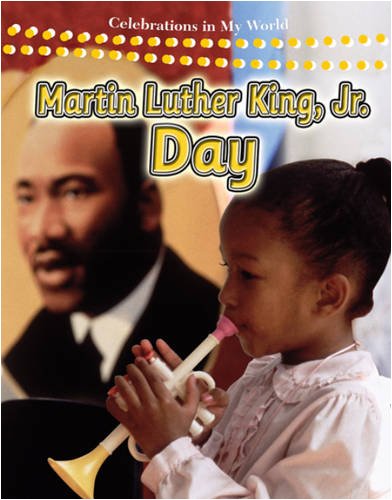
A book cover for Martin Luther King, Jr. Day (Celebrations in My World); Reagan Miller; Children's Books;